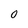
Character: 0